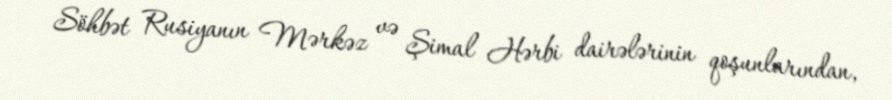
Söhbət Rusiyanın Mərkəz və Şimal Hərbi dairələrinin qoşunlarından,